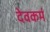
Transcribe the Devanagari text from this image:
देवकर्म